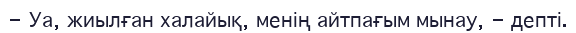
-	Уа, жиылған халайық, менің айтпағым мынау, - депті.